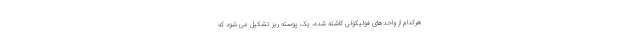
هرکدام از واحدهای فولیکولی کاشته شده، یک پوسته ریز تشکیل می شود که